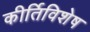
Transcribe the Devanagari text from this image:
कीर्तिविशेष